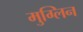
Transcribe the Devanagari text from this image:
मुग्लिन